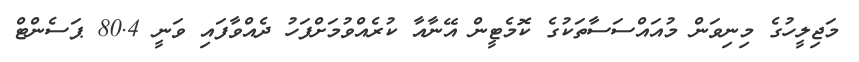
މަޖިލީހުގެ މިނިވަން މުއައްސަސާތަކުގެ ކޮމެޓީން އޭނާއާ ކުރެއްވުމަށްފަހު ދެއްވާފައި ވަނީ 80.4 ޕަސެންޓް